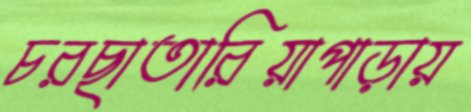
চরছাতারিয়াপাড়ায়